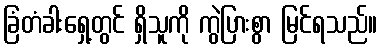
ခြံတံခါးရှေ့တွင် ရှိသူကို ကွဲပြားစွာ မြင်ရသည်။